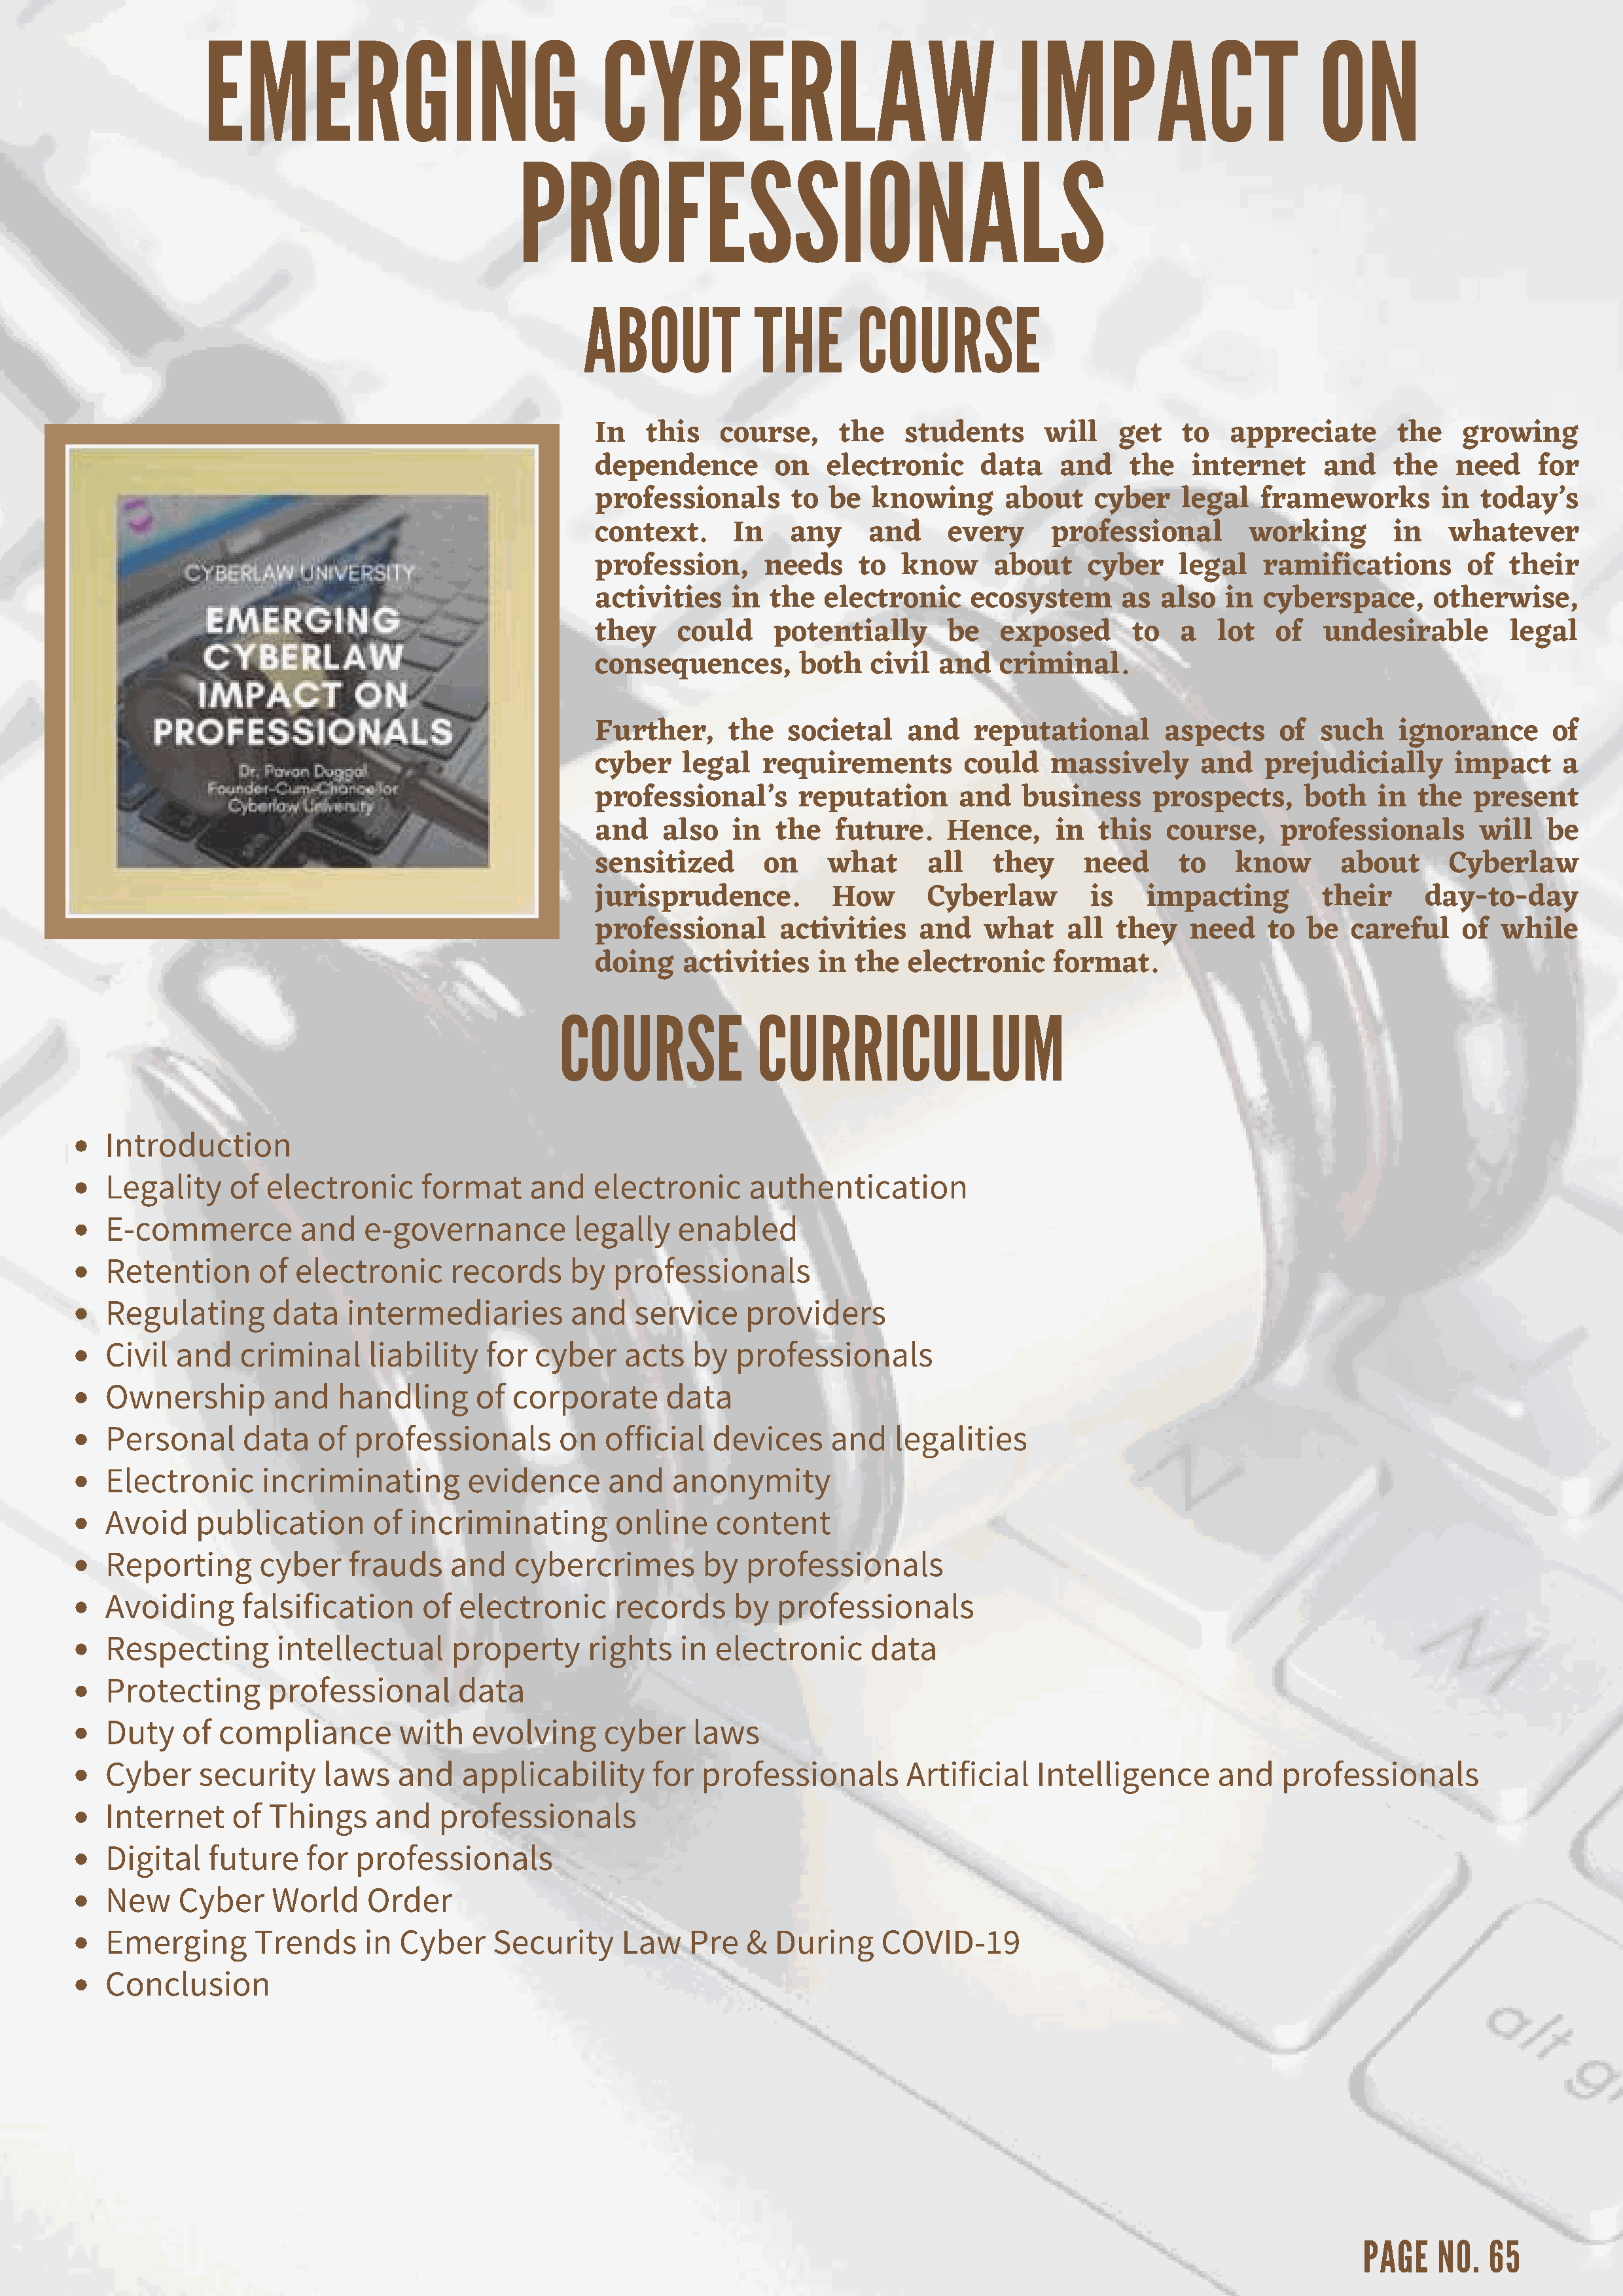
EMERGING                                CYBERLAW                                  IMPACT                        ON
 PROFESSIONALS
 ABOUT            THE        COURSE
 In   this    course,     the   students       will   get    to  appreciate       the    growing
 dependence        on    electronic     data    and    the    internet     and    the   need     for
 professionals       to  be  knowing       about    cyber   legal    frameworks        in  today’s
 context.      In    any     and     every     professional        working        in    whatever
 profession,      needs     to  know     about     cyber    legal    ramifications       of   their
 activities    in  the  electronic     ecosystem      as  also   in  cyberspace,      otherwise,
 they     could    potentially       be   exposed       to  a   lot   of   undesirable        legal
 consequences,        both   civil  and   criminal.
 Further,      the   societal    and    reputational       aspects    of   such   ignorance       of
 cyber    legal   requirements        could    massively      and    prejudicially      impact     a
 professional’s       reputation      and   business      prospects,     both   in  the   present
 and    also   in  the   future.     Hence,     in  this   course,    professionals        will  be
 sensitized       on     what      all   they      need     to    know       about      Cyberlaw
 jurisprudence.          How       Cyberlaw        is    impacting         their     day-to-day
 professional       activities    and    what    all  they   need    to  be   careful    of  while
 doing    activities    in the   electronic     format.
 COURSE              CURRICULUM
 Introduction
 Legality    of  electronic      format     and   electronic      authentication
 E-commerce         and    e-governance         legally    enabled
 Retention      of  electronic      records     by  professionals
 Regulating       data   intermediaries         and   service    providers
 Civil  and   criminal     liability   for  cyber    acts   by  professionals
 Ownership        and   handling      of  corporate      data
 Personal      data   of  professionals        on  official   devices     and   legalities
 Electronic     incriminating        evidence      and    anonymity
 Avoid    publication       of incriminating        online    content
 Reporting      cyber    frauds     and   cybercrimes        by  professionals
 Avoiding     falsification      of electronic      records     by   professionals
 Respecting       intellectual      property     rights    in electronic      data
 Protecting      professional       data
 Duty   of  compliance        with    evolving     cyber    laws
 Cyber    security     laws   and    applicability      for  professionals        Artificial   Intelligence      and    professionals
 Internet    of  Things     and   professionals
 Digital   future    for  professionals
 New    Cyber    World     Order
 Emerging       Trends     in Cyber     Security     Law    Pre  &  During     COVID-19
 Conclusion
 PAGE   NO.   65